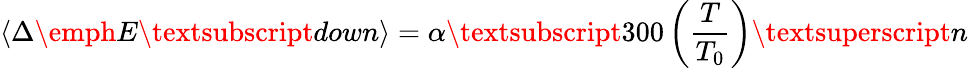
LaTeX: \langle\Delta\emph{E}\textsubscript{down}\rangle=\alpha\textsubscript{300}\left(\frac{T}{T_{0}}\right)\textsuperscript{n}